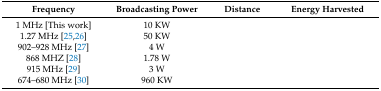
<table><thead><tr><td><b>Frequency</b></td><td><b>Broadcasting Power</b></td><td><b>Distance</b></td><td><b>Energy Harvested</b></td></tr></thead><tbody><tr><td>1 MHz [This work]</td><td>10 KW</td><td>[EMPTY_CELL]</td><td>[EMPTY_CELL]</td></tr><tr><td>1.27 MHz [25,26]</td><td>50 KW</td><td>[EMPTY_CELL]</td><td>[EMPTY_CELL]</td></tr><tr><td>902–928 MHz [27]</td><td>4 W</td><td>[EMPTY_CELL]</td><td>[EMPTY_CELL]</td></tr><tr><td>868 MHZ [28]</td><td>1.78 W</td><td>[EMPTY_CELL]</td><td>[EMPTY_CELL]</td></tr><tr><td>915 MHz [29]</td><td>3 W</td><td>[EMPTY_CELL]</td><td>[EMPTY_CELL]</td></tr><tr><td>674–680 MHz [30]</td><td>960 KW</td><td>[EMPTY_CELL]</td><td>[EMPTY_CELL]</td></tr></tbody></table>